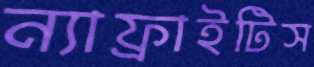
ন্যাফ্রাইটিস